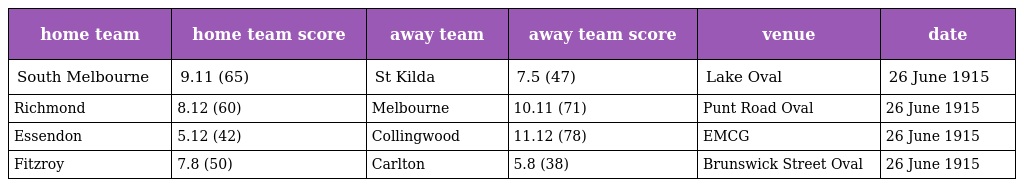
| home team | home team score | away team | away team score | venue | date |
 | --- | --- | --- | --- | --- | --- |
 | South Melbourne | 9.11 (65) | St Kilda | 7.5 (47) | Lake Oval | 26 June 1915 |
 | Richmond | 8.12 (60) | Melbourne | 10.11 (71) | Punt Road Oval | 26 June 1915 |
 | Essendon | 5.12 (42) | Collingwood | 11.12 (78) | EMCG | 26 June 1915 |
 | Fitzroy | 7.8 (50) | Carlton | 5.8 (38) | Brunswick Street Oval | 26 June 1915 |